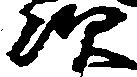
次